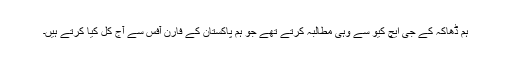
ہم ڈھاکہ کے جی ایچ کیو سے وہی مطالبہ کرتے تھے جو ہم پاکستان کے فارن آفس سے آج کل کیا کرتے ہیں۔